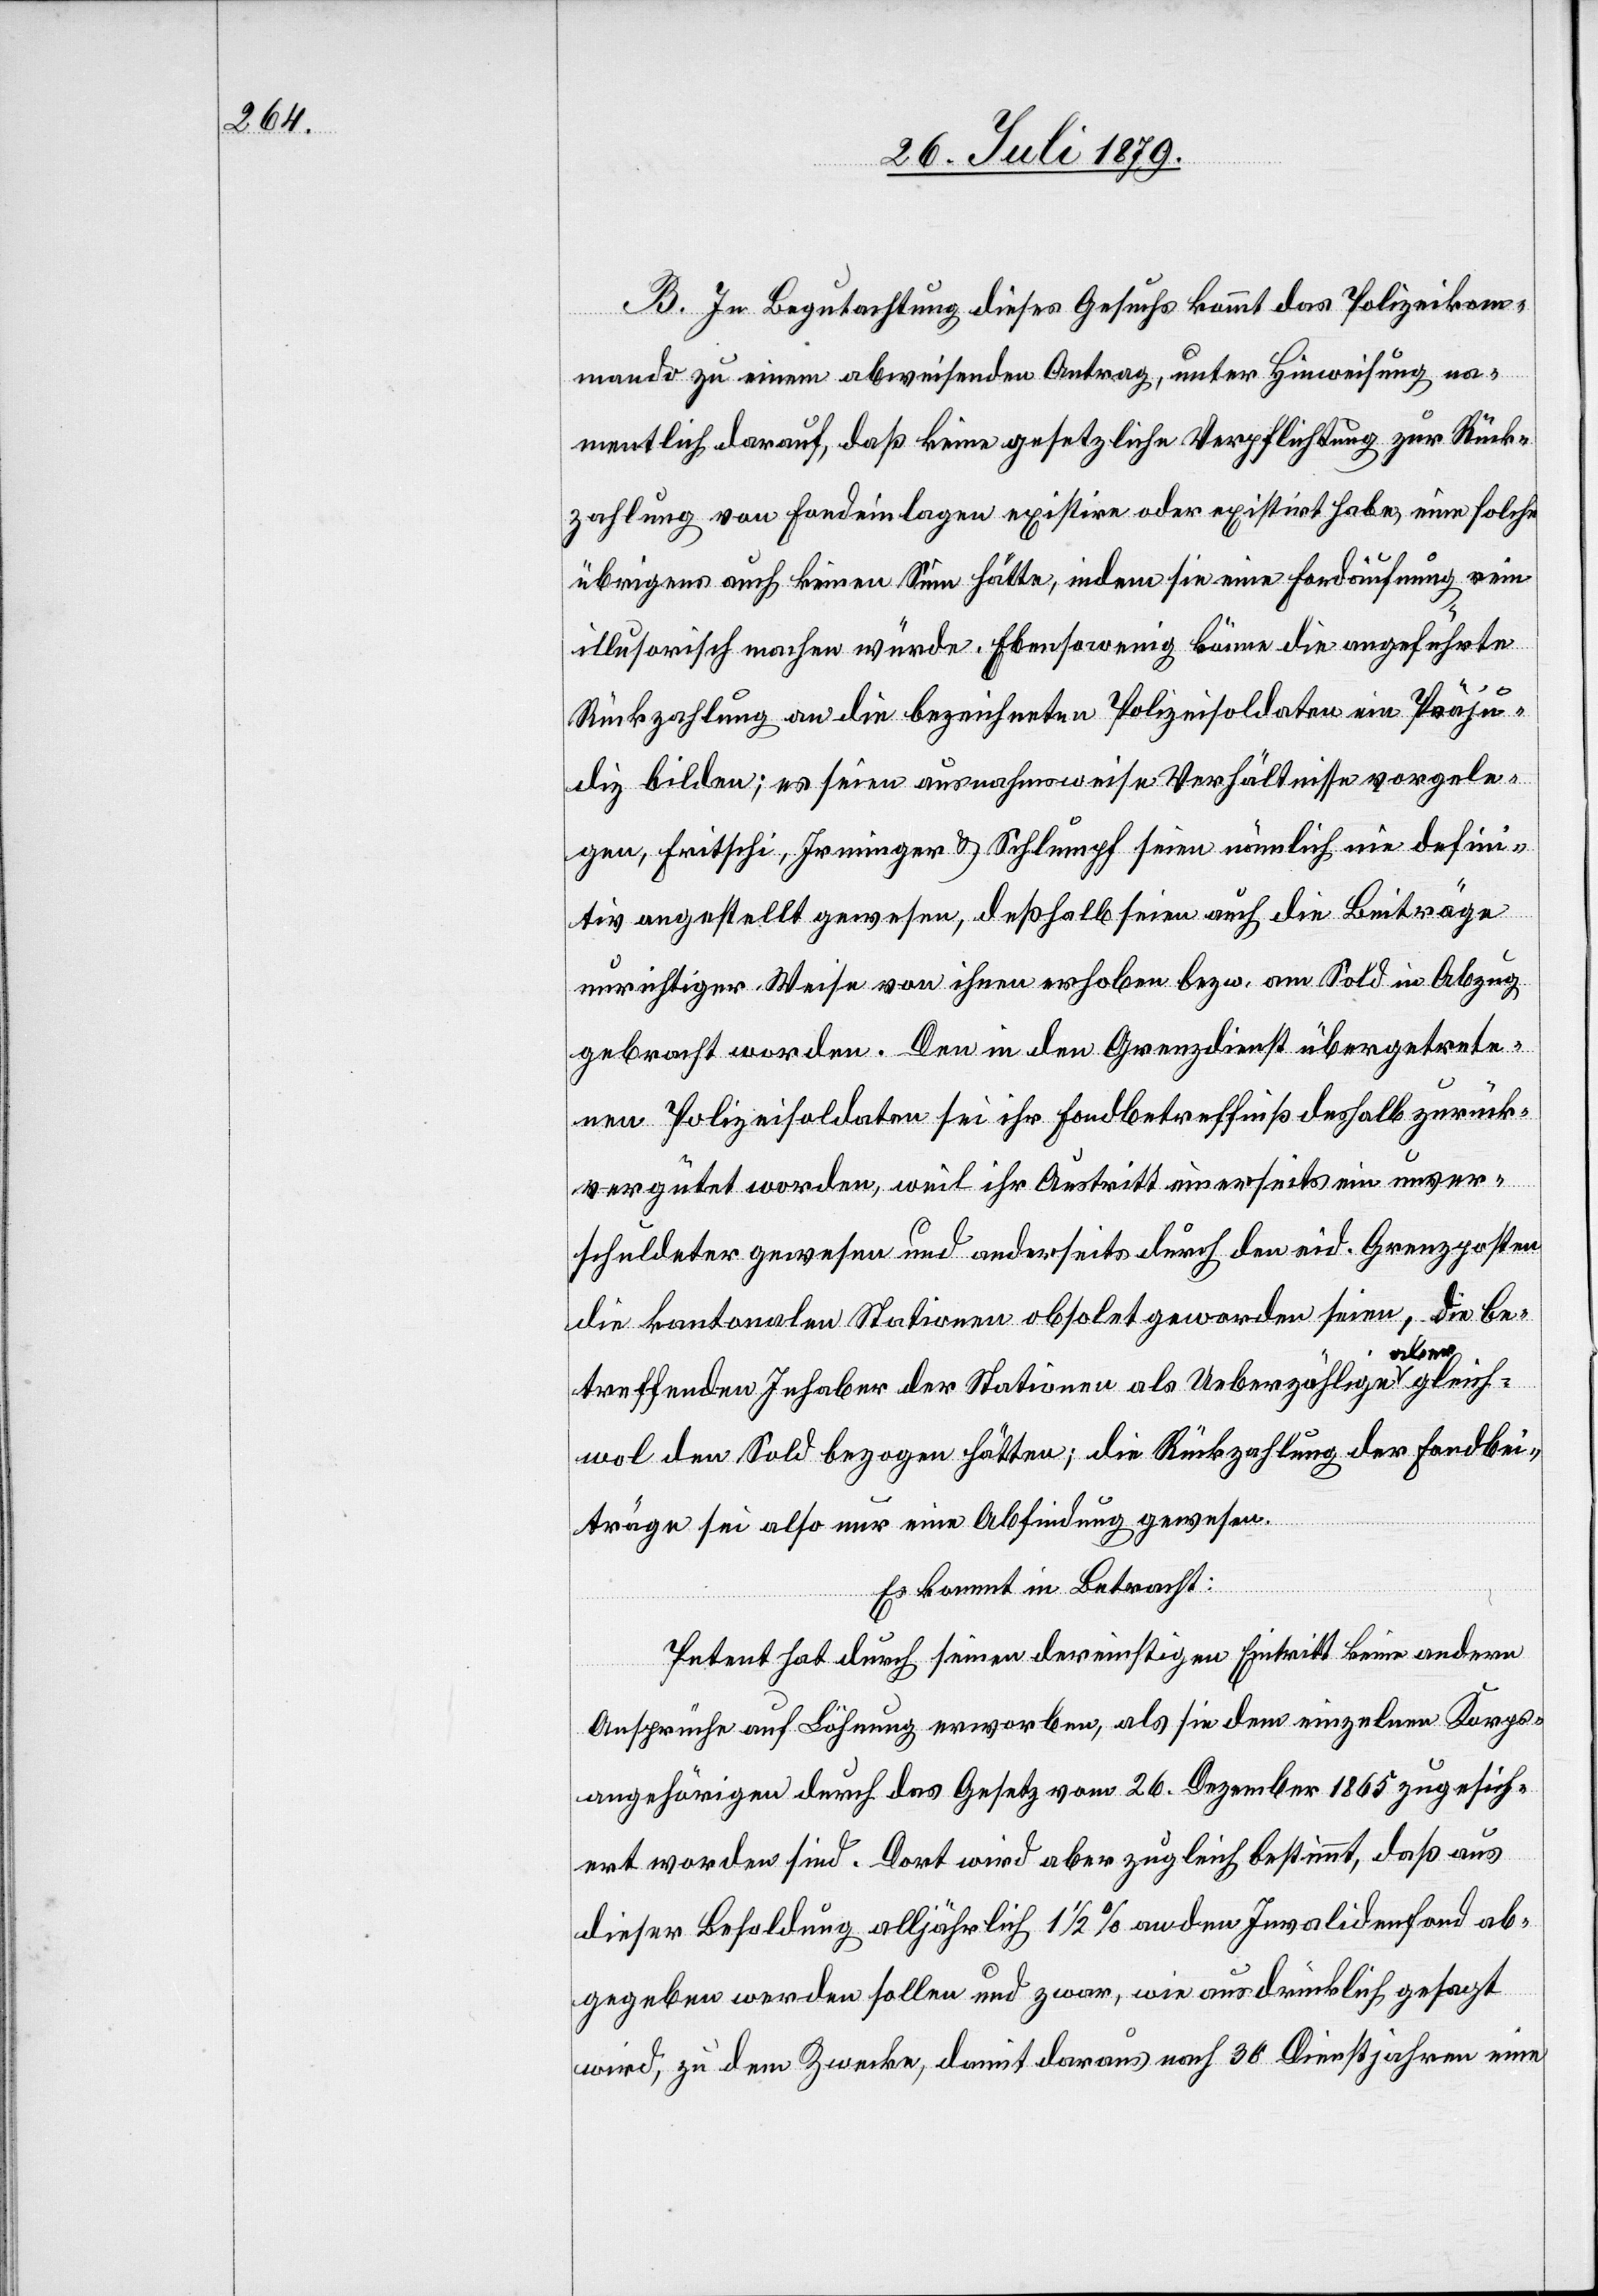
B. In Begutachtung dieses Gesuchs kommt das Polizeikom¬
mando zu einem abweisenden Antrag, unter Hinweisung na¬
mentlich darauf, daß keine gesetzliche Verpflichtung zur Rück¬
zahlung von Fondeinlagen existire oder existirt habe, eine solche
übrigens auch keinen Sinn hätte, indem sie eine Fondäufnung rein
illusorisch machen würde. Ebenesowenig könne die angeführte
Rückzahlung an die bezeichneten Polizeisoldaten ein Präju¬
diz bilden; es seien ausnahmsweise Verhältnisse vorgele¬
gen, Fritschi, Irminger & Schlumpf seien nämlich nie defini¬
tiv angestellt gewesen, deßhalb seien auch die Beiträge
unrichtiger Weise von ihnen erhoben bezw. am Sold in Abzug
gebracht worden. Den in den Grenzdienst übergetrete¬
nen Polizeisoldaten sei ihr Fondbetreffniß deshalb zurück¬
vergütet worden, weil ihr Austritt einerseits ein unver¬
schuldeter gewesen und anderseits durch den eid. Grenzposten
die kantonalen Stationen obsolet geworden seien, die be¬
treffenden Inhaber der Stationen als Ueberzählige aber gleich¬
wol den Sold bezogen hätten; die Rückzahlung der Fondbei¬
träge sei also nur eine Abfindung gewesen.
Es kommt in Betracht:
Petent hat durch seinen dereinstigen Eintritt keine andern
Ansprüche auf Löhnung erworben, als sie dem einzelnen Korps¬
angehörigen durch das Gesetz vom 26. Dezember 1865 zugesich¬
ert worden sind. Dort wird aber zugleich bestimmt, daß aus
dieser Besoldung alljährlich 1 1/2% an den Invalidenfond ab¬
gegeben werden sollen und zwar, wie ausdrücklich gesagt
wird, zu dem Zwecke, damit daraus nach 30 Dienstjahren eine